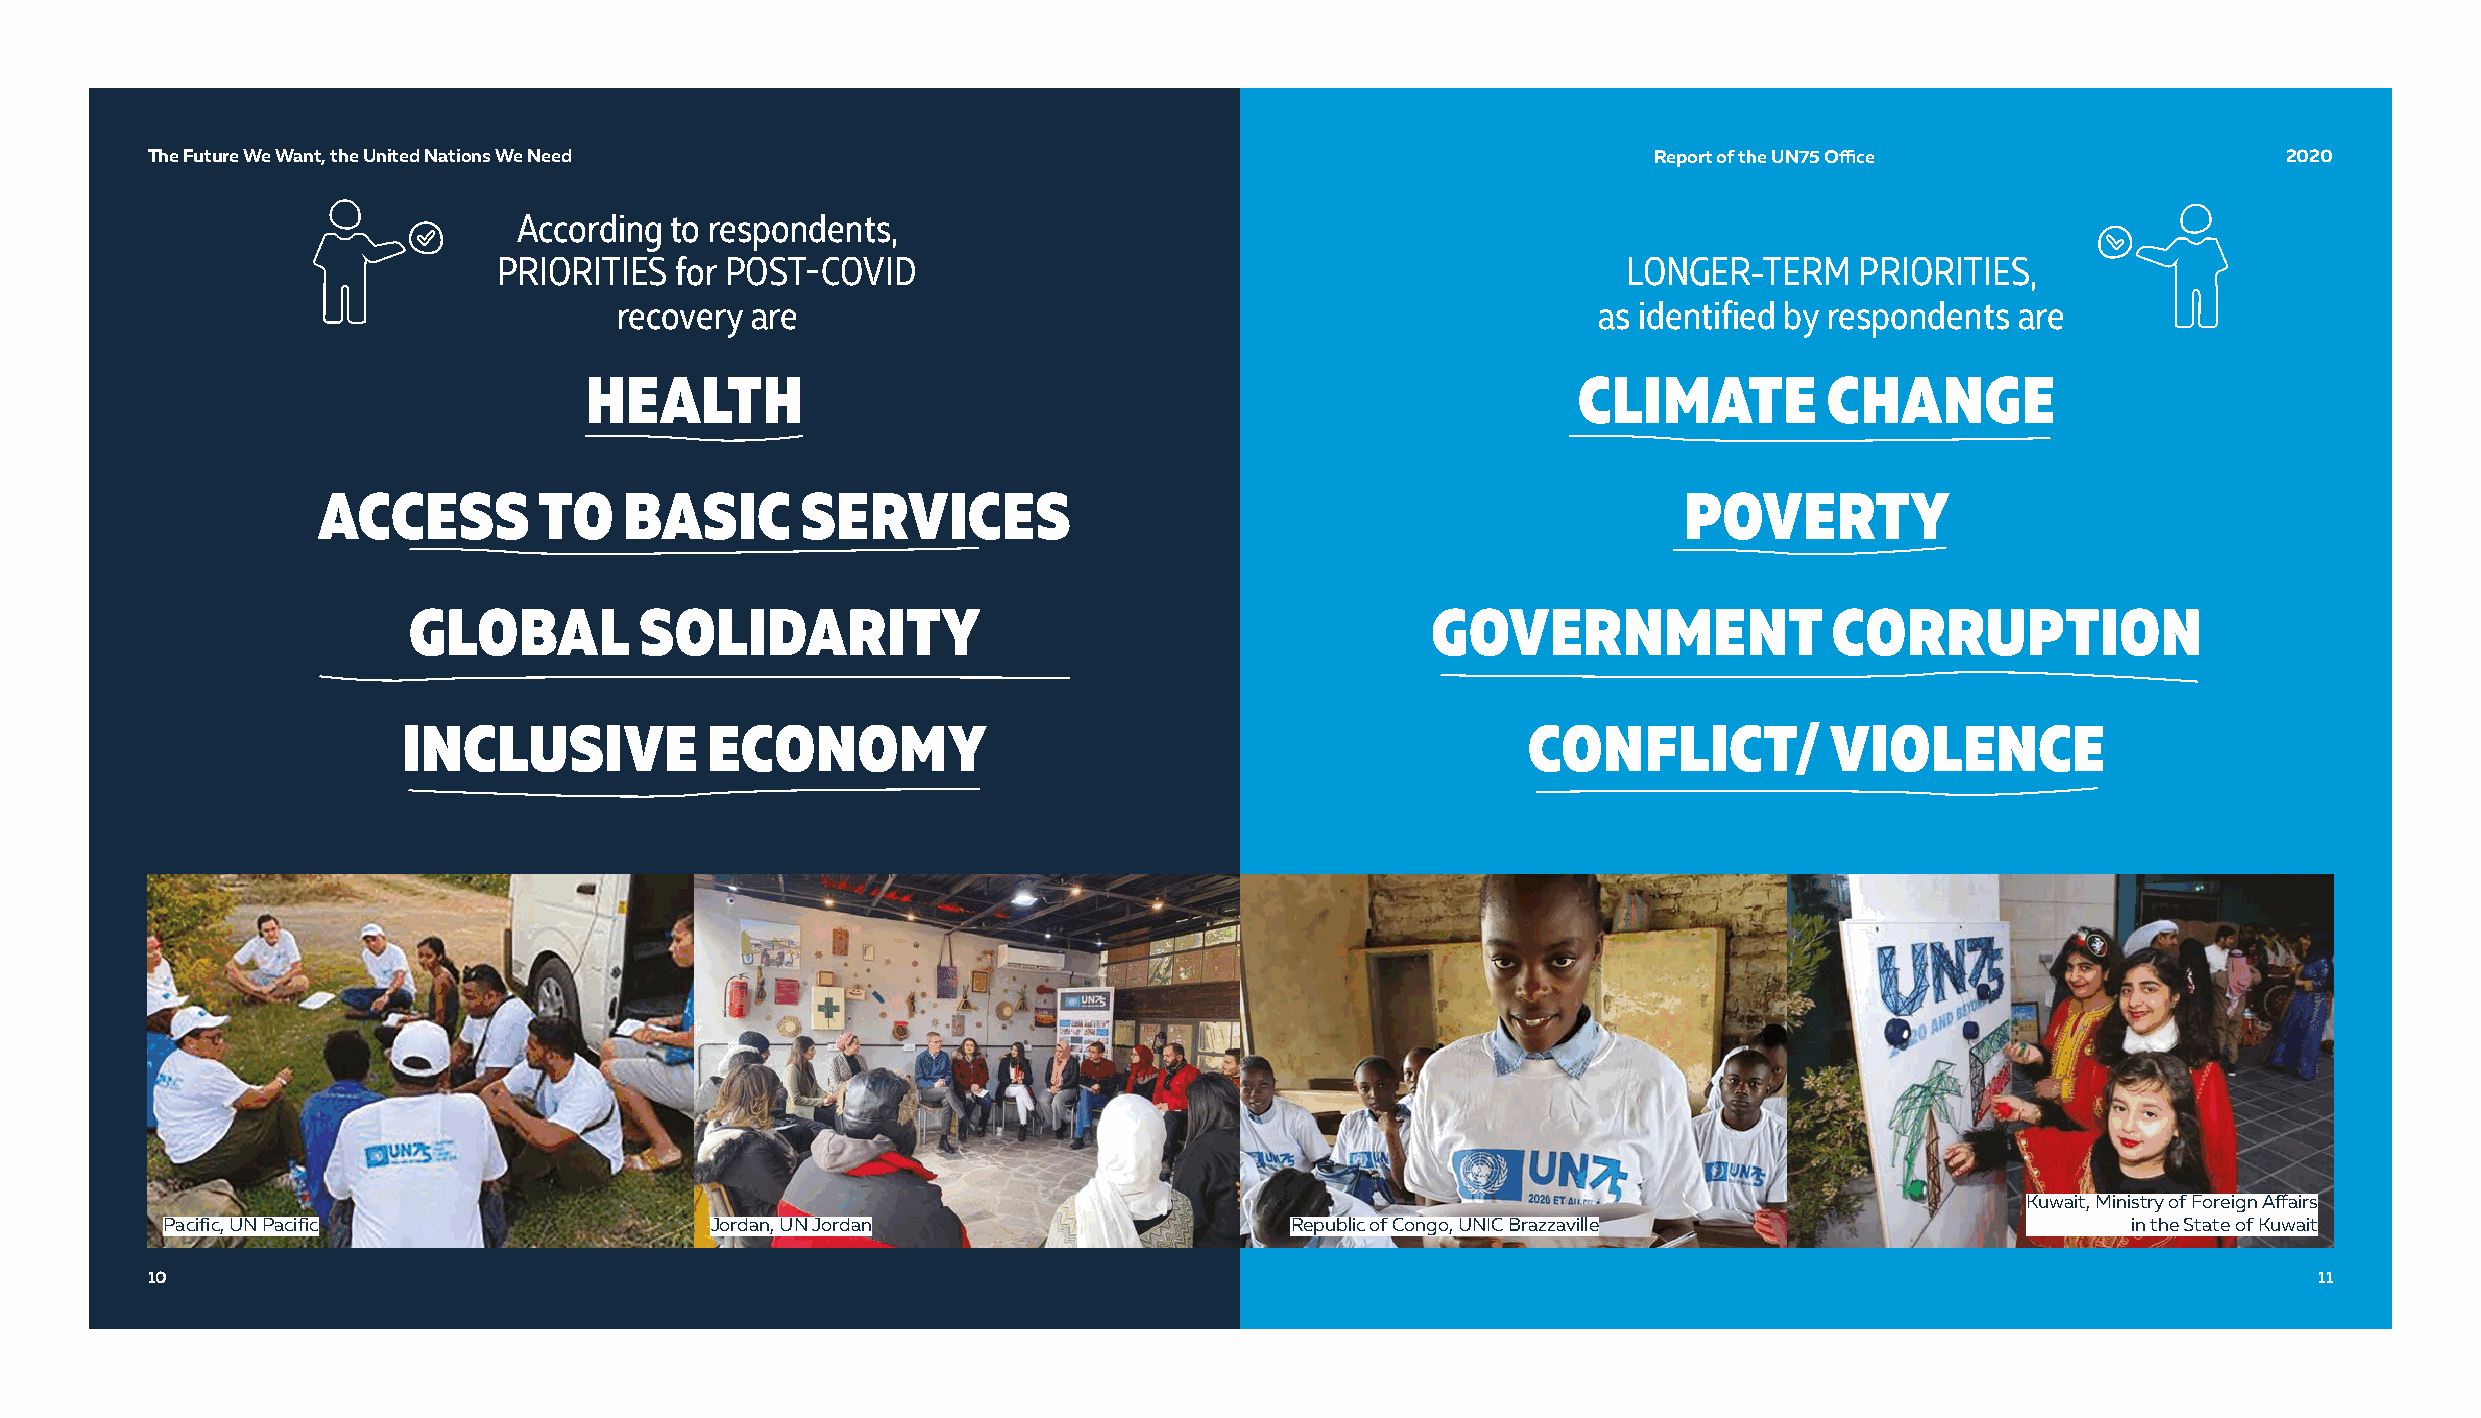
TThhee FFuuttuurree WWee WWaanntt,, tthhee UUnniitteedd NNaattiioonnss WWee NNeeeedd               Report of the UN75 Office                 2020
 According to respondents,
 PRIORITIES  for POST-COVID                                                 LONGER-TERM    PRIORITIES,
 recovery are                                                     as identified by respondents are
 HEALTH                                                           CLIMATE          CHANGE
 ACCESS         TO   BASIC       SERVICES                                                  POVERTY
 GLOBAL         SOLIDARITY                                           GOVERNMENT                CORRUPTION
 INCLUSIVE           ECONOMY                                               CONFLICT/           VIOLENCE
 Kuwait, Ministry of Foreign Affairs
 Pacific, UN Pacific                 Jordan, UN Jordan                     Republic of Congo, UNIC Brazzaville                     in the State of Kuwait
 10                                                                                                                                             1111